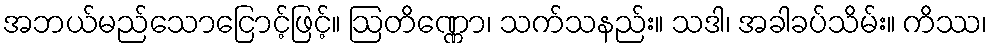
အဘယ်မည်သောငြောင့်ဖြင့်။ ဩတိဏ္ဏော၊ သက်သနည်း။ သဒါ၊ အခါခပ်သိမ်း။ ကိဿ၊